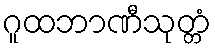
ဂူထဘာဏီသုတ္တံ